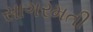
સાગરમતી